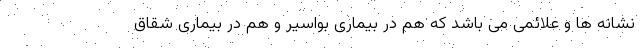
نشانه ها و علائمی می باشد که هم در بیماری بواسیر و هم در بیماری شقاق